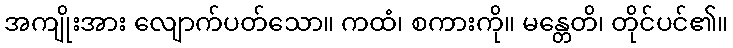
အကျိုးအား လျောက်ပတ်သော။ ကထံ၊ စကားကို။ မန္တေတိ၊ တိုင်ပင်၏။